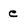
Character: c